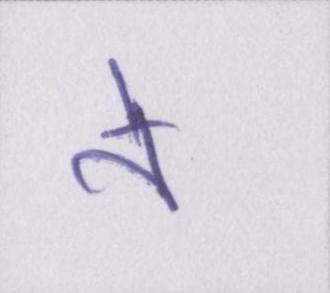
ने